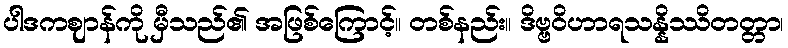
ပါဒကဈာန်ကို မှီသည်၏ အဖြစ်ကြောင့်။ တစ်နည်း။ ဒိဗ္ဗဝိဟာရသန္နိဿိတတ္တာ၊